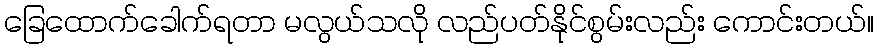
ခြေထောက်ခေါက်ရတာ မလွယ်သလို လည်ပတ်နိုင်စွမ်းလည်း ကောင်းတယ်။